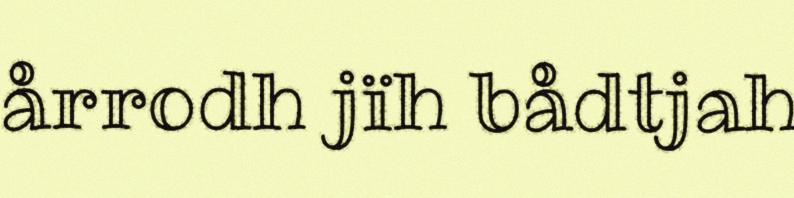
årrodh jïh bådtjah